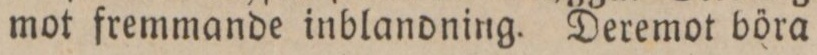
mot fremmande inblandning. Deremot böra